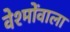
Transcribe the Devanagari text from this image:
वेश्मोंवाला